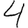
Digit: 4